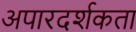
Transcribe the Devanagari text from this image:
अपारदर्शकता